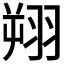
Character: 𫅦